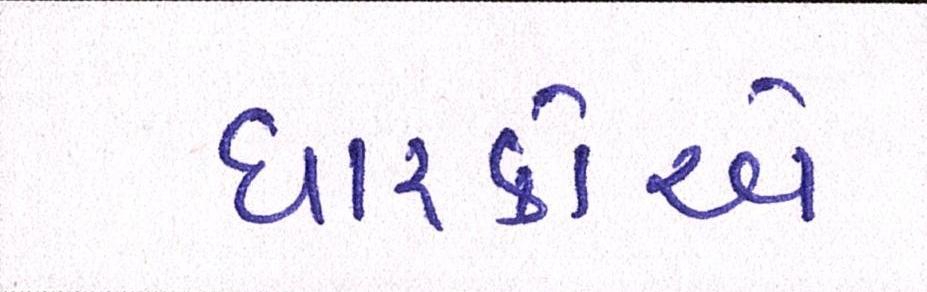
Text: ધારકોએ